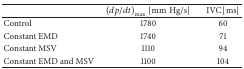
|  | (dp/dt)max⁡ [mmHg/s] | IVC [ms] |
 | --- | --- | --- |
 | Control | 1780 | 60 |
 | Constant EMD | 1740 | 71 |
 | Constant MSV | 1110 | 94 |
 | Constant EMD and MSV | 1100 | 104 |